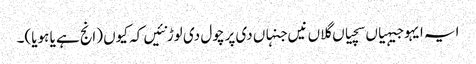
ایہ ایہو جیہیاں سچیاں گلاں نیں جنہاں دی پرچول دی لوڑ نئیں کہ کیوں (انج ہے یا ہویا)۔